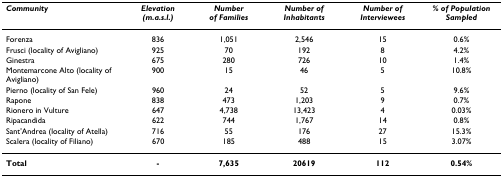
| Community | Elevation (m.a.s.l.) | Number of Families | Number of Inhabitants | Number of Interviewees | % of Population Sampled |
 | --- | --- | --- | --- | --- | --- |
 | Forenza | 836 | 1,051 | 2,546 | 15 | 0.6% |
 | Frusci (locality of Avigliano) | 925 | 70 | 192 | 8 | 4.2% |
 | Ginestra | 675 | 280 | 726 | 10 | 1.4% |
 | Montemarcone Alto (locality of Avigliano) | 900 | 15 | 46 | 5 | 10.8% |
 | Pierno (locality of San Fele) | 960 | 24 | 52 | 5 | 9.6% |
 | Rapone | 838 | 473 | 1,203 | 9 | 0.7% |
 | Rionero in Vulture | 647 | 4,738 | 13,423 | 4 | 0.03% |
 | Ripacandida | 622 | 744 | 1,767 | 14 | 0.8% |
 | Sant'Andrea (locality of Atella) | 716 | 55 | 176 | 27 | 15.3% |
 | Scalera (locality of Filiano) | 670 | 185 | 488 | 15 | 3.07% |
 | Total | - | 7,635 | 20619 | 112 | 0.54% |